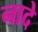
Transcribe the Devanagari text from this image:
नादे